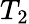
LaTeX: T_{2}